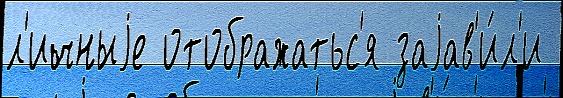
л'ичныjе отображатьс'я заjав'и́л'и